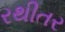
રથીતર